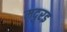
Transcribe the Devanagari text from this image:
मदुरइ